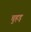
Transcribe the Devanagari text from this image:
चुहड़